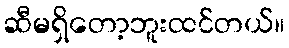
ဆီမရှိတော့ဘူးထင်တယ်။